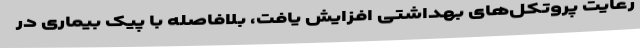
رعایت پروتکل‌های بهداشتی افزایش یافت،‌ بلافاصله با پیک بیماری در